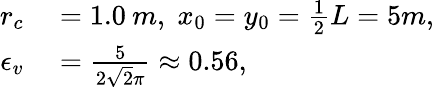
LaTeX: \begin{array}{rl}{r_{c}}&{{}=1.0\: m,\; x_{0}=y_{0}=\frac{1}{2}L=5m,\; }\\ {\epsilon_{v}}&{{}=\frac{5}{2\sqrt{2}\pi}\approx 0.56,}\end{array}